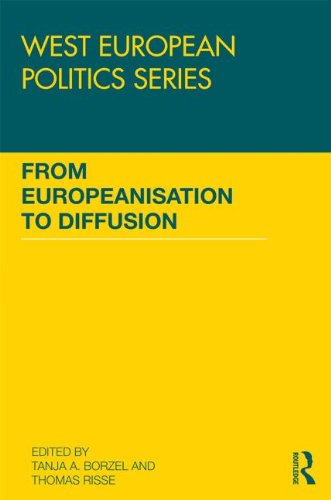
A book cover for From Europeanisation to Diffusion (West European Politics); Law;